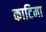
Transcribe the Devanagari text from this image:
काटिमा